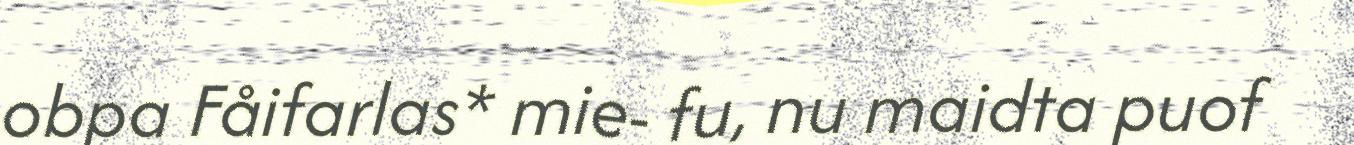
obpa Fåifarlas* mie- fu, nu maidta puof